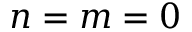
n = m = 0